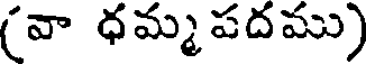
(వా ధమ్మపదము)